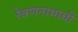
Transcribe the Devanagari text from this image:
रेवणनाथाची